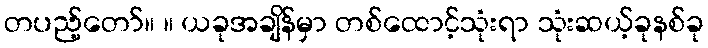
တပည့်တော်။ ။ ယခုအချိန်မှာ တစ်ထောင့်သုံးရာ သုံးဆယ့်ခုနစ်ခု